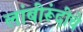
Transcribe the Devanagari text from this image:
लांबीरूंदीचे